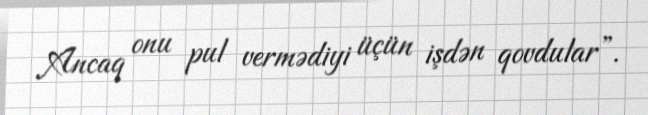
Ancaq onu pul vermədiyi üçün işdən qovdular”.